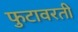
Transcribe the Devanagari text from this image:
फुटावरती